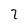
Character: 2